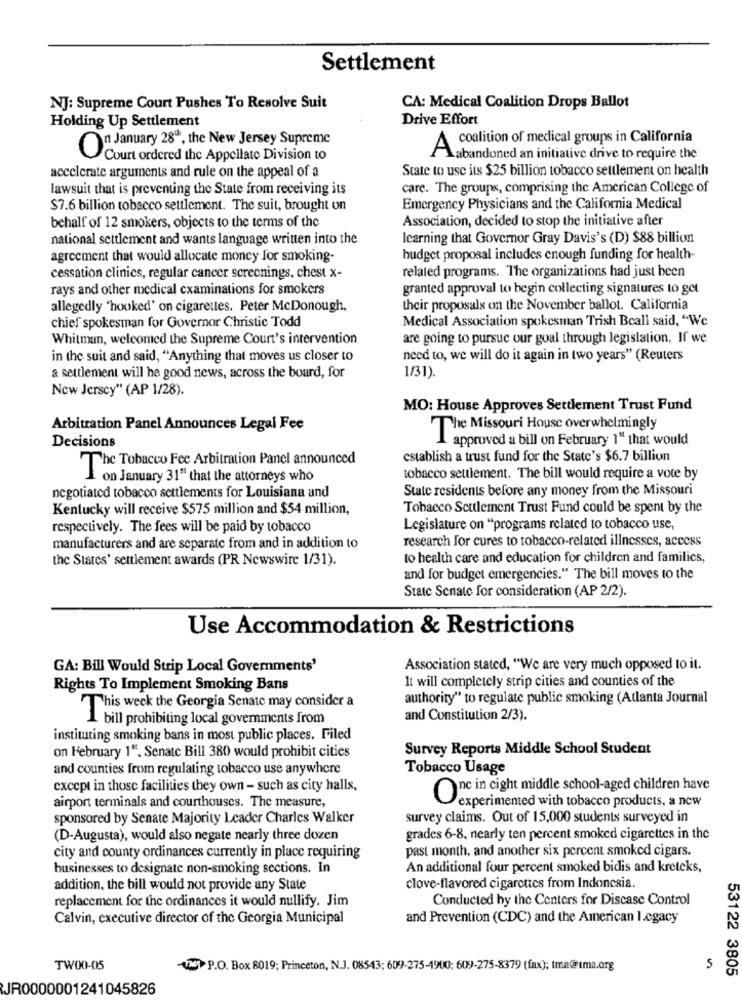
Settlement
NJ: Supreme Court Pushes To Resolve Suit
CA: Medical Coalition Drops Ballot
Holding Up Settlement
Drive Effort
coalition of medical groups in California
On January 28", the New Jersey Supreme
A.
Court ordered the Appellate Division to
abandoned an initiative drive to require the
accelerate arguments and rule on the appeal of a
State to use its $25 billion tobacco settlement on health
lawsuit that is preventing the State from receiving its
care. The groups, comprising the American College of
$7.6 billion tobacco settlement. The suit, brought on
Emergency Physicians and the California Medical
Association, decided to stop the initiative after
behalf of 12 smokers, objects to the terms of the
national settlement and wants language written into the
learning that Governor Gray Davis's (D) $88 billion
agreement that would allocate money for smoking-
budget proposal includes enough funding for health-
cessation clinics, regular cancer screenings, chest x-
related programs. The organizations had just been
rays and other medical examinations for smokers
granted approval to begin collecting signatures to get
allegedly "hooked' on cigarettes. Peter McDonough,
their proposals on the November ballot. California
chief spokesman for Governor Christie Todd
Medical Association spokesman Trish Bcall said, "We
Whitman, welcomed the Supreme Court's intervention
are going to pursue our goal through legislation. If we
in the suit and said, "Anything that moves us closer to
need to, we will do it again in two years" (Reuters
a settlement will he good news, across the board, for
1/31).
New Jersey" (AP 1/28).
MO: House Approves Settlement Trust Fund
Arbitration Panel Announces Legal Fee
The Missouri House overwhelmingly
Decisions
approved a bill on February 1" that would
establish a trust fund for the State's $6.7 billion
The Tobacco Fee Arbitration Panel announced
on January 31" that the attorneys who
tobacco settlement. The bill would require a vote by
State residents before any money from the Missouri
negotiated tobacco settlements for Louisiana and
Kentucky will receive $575 million and $54 million,
Tobacco Settlement Trust Fund could be spent by the
respectively. The fees will be paid by tobacco
Legislature on "programs related to tobacco use,
research for cures to tobacco-related illnesses, access
manufacturers and are separate from and in addition to
the States' settlement awards (PR Newswire 1/31).
to health care and education for children and families,
and for budget emergencies." The bill moves to the
State Senate for consideration (AP 2/2).
Use Accommodation & Restrictions
GA: Bill Would Strip Local Governments'
Association stated, "We are very much opposed to it.
It will completely strip cities and counties of the
Rights To Implement Smoking Bans
authority" to regulate public smoking (Atlanta Journal
This weck the Georgia Senate may consider a
L bill prohibiting local governments from
and Constitution 2/3).
instituting smoking bans in most public places. Filed
on February 1". Senate Bill 380 would prohibit cities
Survey Reports Middle School Student
and counties from regulating tobacco use anywhere
Tobacco Usage
except in those facilities they own - such as city halls,
One in cight middle school-aged children have
airport terminals and courthouses. The measure,
experimented with tobacco products, a new
sponsored by Senate Majority Leader Charles Walker
survey claims. Out of 15,000 students surveyed in
(D-Augusta), would also negate nearly three dozen
grades 6-8, nearly ten percent smoked cigarettes in the
past month, and another six percent smoked cigars.
city and county ordinances currently in place requiring
businesses to designate non-smoking sections. In
An additional four percent smoked bidis and kreteks,
addition, the bill would not provide any State
clove-flavored cigarettes from Indonesia.
Conducted by the Centers for Disease Control
replacement for the ordinances it would nullify. Jim
Calvin, executive director of the Georgia Municipal
and Prevention (CDC) and the American legacy
TW00-05
TN P.O. Box 8019; Princeton, N.J. 08543; 609-275-1900: 609-275-8379 (fax); tma@ıma.org
5
53122 3805
JR0000001241045826